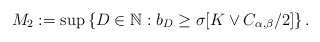
\begin{align*}M_2:= \sup \left\{ D \in \mathbb{N}: b_D \geq \sigma [K \vee C_{\alpha,\beta}/2]\right\}.\end{align*}